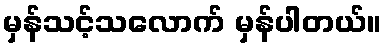
မှန်သင့်သလောက် မှန်ပါတယ်။